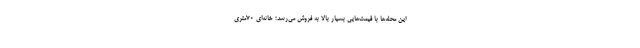
این محله‌ها با قیمت‌هایی بسیار بالا به فروش می‌رسد؛ خانه‌ای 70متری